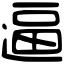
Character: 逼